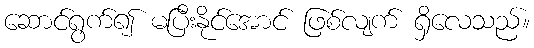
ဆောင်ရွက်၍ မပြီးနိုင်အောင် ဖြစ်လျက် ရှိလေသည်။